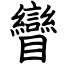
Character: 矕